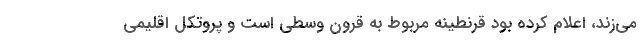
می‌زند، اعلام کرده بود قرنطینه مربوط به قرون وسطی‌ است و پروتکل اقلیمی